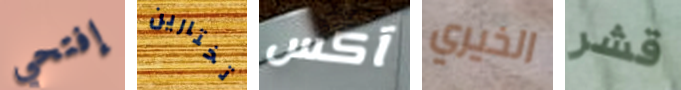
إفتحي تختارين آكس الخيري قشر